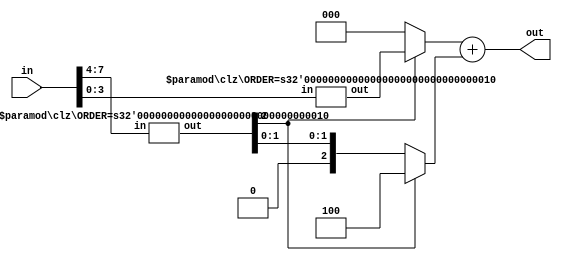
module clz #(
	parameter ORDER = 3
)(
	input [W-1:0] in, output [ORDER:0] out
);
	localparam W = 2 ** ORDER;

	generate
		if (ORDER == 0) begin
			assign out = ~in;
		end
		else begin
			wire [ORDER-1:0] lo, ho, a, b;

			clz #(ORDER-1) l (in[W/2-1:0], lo);
			clz #(ORDER-1) h (in[W-1:W/2], ho);

			wire hz = ho[ORDER-1];

			assign a = hz ? lo               : 0;
			assign b = hz ? (1 << (ORDER-1)) : ho;

			assign out = a + b;
		end
	endgenerate
endmodule